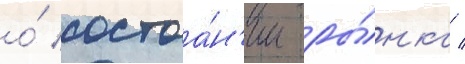
о́ состоа́н'ии ры́нка /